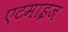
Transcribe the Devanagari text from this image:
एटमाइज